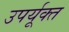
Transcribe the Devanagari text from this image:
उपर्यूक्त